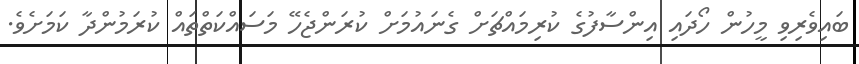
ބައިވެރިވި މީހުން ހޯދައި އިންސާފުގެ ކުރިމައްޗަށް ގެނައުމަށް ކުރަންޖެހޭ މަސައްކަތްތައް ކުރަމުންދާ ކަމަށެވެ.